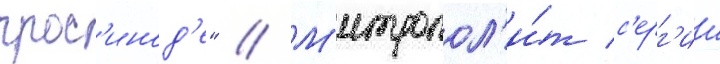
прос'инод'е" // М'итропол'и́т с'ерг'ии